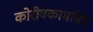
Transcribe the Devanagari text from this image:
कोरीवकामांवर